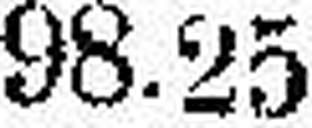
98.25